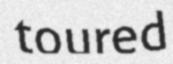
toured